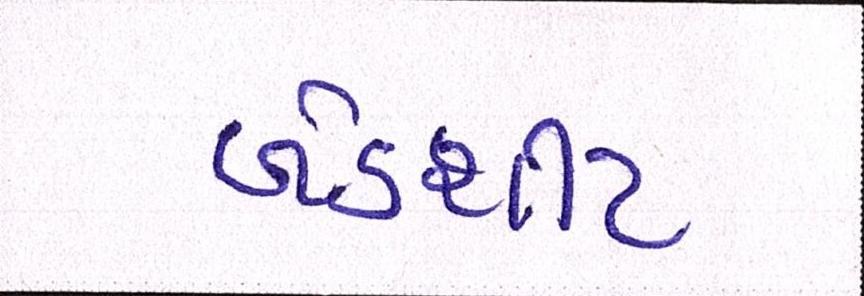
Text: બેડશીટ